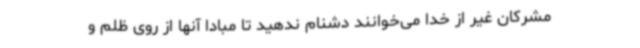
مشرکان غیر از خدا می‌خوانند دشنام ندهید تا مبادا آنها از روی ظلم و